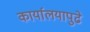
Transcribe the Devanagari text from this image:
कार्यालयापुढे